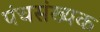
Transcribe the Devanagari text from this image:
पंचसंख्यक